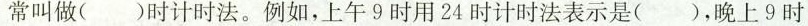
常叫做()时计时法。例如，上午9时用24时计时法表示是()，晚上9时